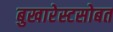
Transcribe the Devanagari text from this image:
बुखारेस्टसोबत